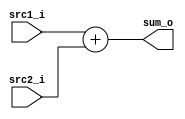
//SID:109550073
//Subject:     CO project 2 - Adder
//--------------------------------------------------------------------------------
//Version:     1
//--------------------------------------------------------------------------------
//Writer:      Luke
//----------------------------------------------
//Date:        
//----------------------------------------------
//Description: 
//--------------------------------------------------------------------------------
`timescale 1ns/1ps
module Adder(
    src1_i,
	src2_i,
	sum_o
	);
     
//I/O ports
input  [32-1:0]  src1_i;
input  [32-1:0]	 src2_i;
output [32-1:0]	 sum_o;

//Internal Signals
wire    [32-1:0]	 sum_o;

//Parameter
assign sum_o = src1_i + src2_i;
//Main function

endmodule